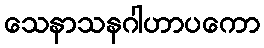
သေနာသနဂါဟာပကော